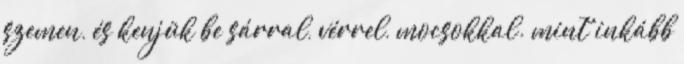
szemen, és kenjük be sárral, vérrel, mocsokkal. mint inkább